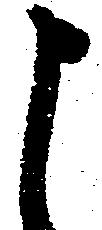
申